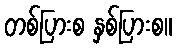
တစ်ပြားစ နှစ်ပြားစ။